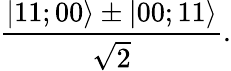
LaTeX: \frac{|11;00\rangle\pm|00;11\rangle}{\sqrt{2}}.